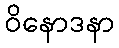
ဝိနောဒနာ